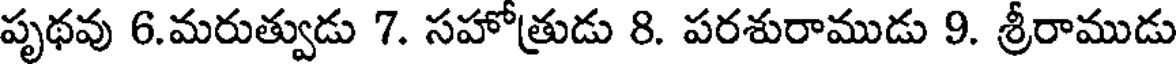
పృథవు 6.మరుత్వుడు 7. సహోత్రుడు 8. పరశురాముడు 9. శ్రీరాముడు